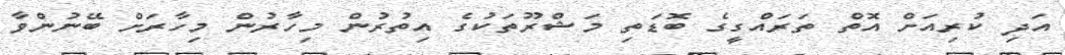
އަދި ކުރިއަށް އޮތް ތަރައްގީގެ ބޮޑަތި މަޝްރޫތަކުގެ އިތުރުން މިހާރުން މިހާރަށް ބޭނުންވާ